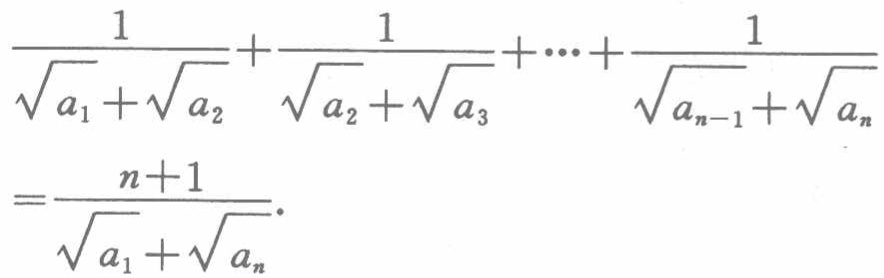
\[\frac{1}{\sqrt{a_{1}}+\sqrt{a_{2}}}+\frac{1}{\sqrt{a_{2}}+\sqrt{a_{3}}}+\cdots+\frac{1}{\sqrt{a_{n - 1}}+\sqrt{a_{n}}}=\frac{n + 1}{\sqrt{a_{1}}+\sqrt{a_{n}}}.\]